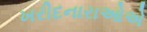
ખરીદનારાઓએ